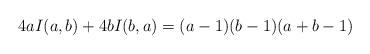
LaTeX: \begin{align*}4aI(a,b)+4bI(b,a)=(a-1)(b-1)(a+b-1)\end{align*}